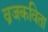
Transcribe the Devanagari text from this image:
व्रजकविता